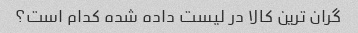
گران ترین کالا در لیست داده شده کدام است؟